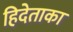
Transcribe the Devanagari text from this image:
हिदेताका